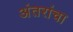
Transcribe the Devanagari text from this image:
अंतरांचा